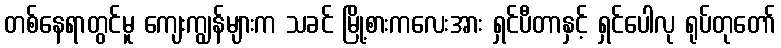
တစ်နေရာတွင်မူ ကျေးကျွန်များက သခင် မြို့စားကလေးအား ရှင်ပီတာနှင့် ရှင်ပေါလု ရုပ်တုတော်